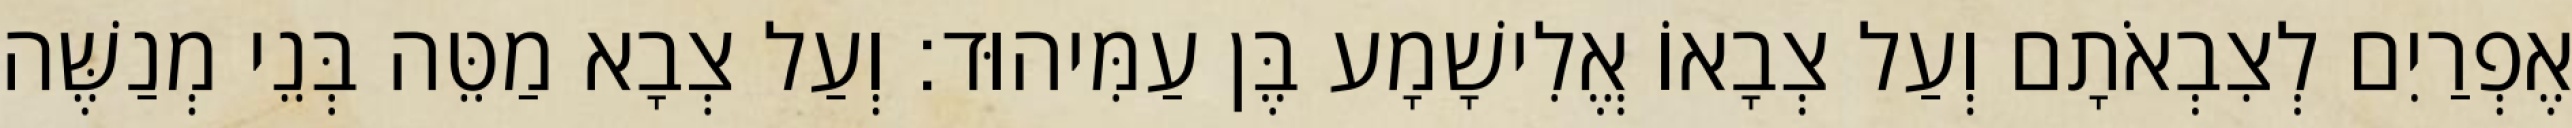
אֶפְרַיִם לְצִבְאֹתָם וְעַל צְבָאוֹ אֱלִישָׁמָע בֶּן עַמִּיהוּד׃ וְעַל צְבָא מַטֵּה בְּנֵי מְנַשֶּׁה